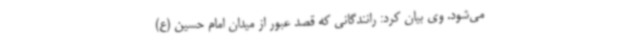
می‌شود. وی بیان کرد: رانندگانی که قصد عبور از میدان امام حسین (ع)